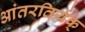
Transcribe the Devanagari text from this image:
आंतरतिर्यक्‌